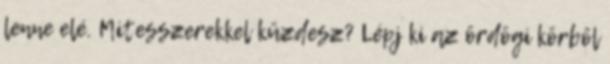
lenne elé. Mitesszerekkel küzdesz? Lépj ki az ördögi körből